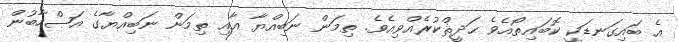
އެ ބައިގަނޑަކީ ކޮބައިތޯއެވެ ޙަދީޘްކުރެއްވިއެވެ. ތިމަން ނަބިއްޔާ އާއި ތިމަން ނަބިއްޔާގެ އަޞްހާބުން